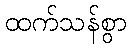
ထက်သန်စွာ